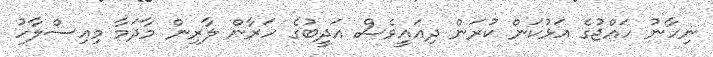
ނިހާނު ހައްޖުގެ އަޅުކަން ކުރަން ދިއައީވެސް އަދީބުގެ ހަރާން ލާރިން މާދަމާ މިއިސްލާހު